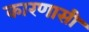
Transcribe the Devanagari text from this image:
कारणासी